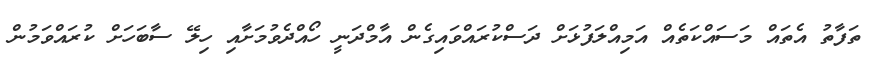
ތަފާތު އެތައް މަސައްކަތެއް އަމިއްލަފުޅަށް ދަސްކުރައްވައިގެން އާމްދަނީ ހޯއްދެވުމަށާއި ހިލޭ ސާބަހަށް ކުރައްވަމުން